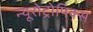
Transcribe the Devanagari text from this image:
न्यूरोट्रोपिक्स